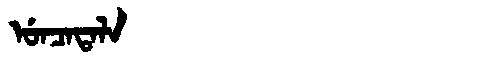
Manchu: ᡠᠨᠴᠠᡨᠠᠯᠠ
Romanization: UNCATALA